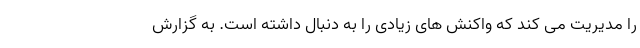
را مدیریت مى کند که واکنش های زیادی را به دنبال داشته است. به گزارش